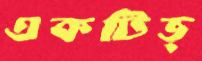
একটিভ্